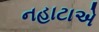
નહાટાએ